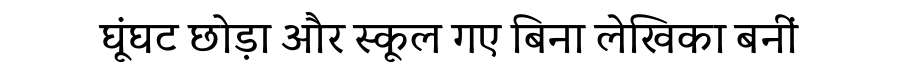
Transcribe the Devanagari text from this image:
घूंघट छोड़ा और स्कूल गए बिना लेखिका बनीं